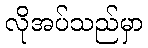
လိုအပ်သည်မှာ